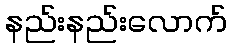
နည်းနည်းလောက်